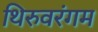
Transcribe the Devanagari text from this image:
थिरुवरंगम